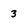
Character: 3